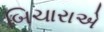
બિચારાએ